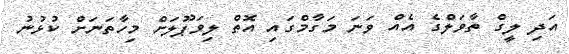
އަދި ލީގް ތާވަލްގެ އެއް ވަނަ މަގާމްގައި އޮތް ލިވަޕޫލަށް މިހާތަނަށް ކުޅުނު